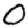
Digit: 0